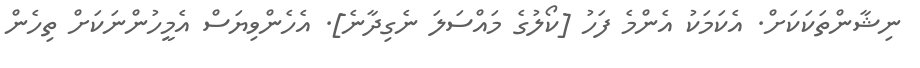
ނިޝާންތަކަކަށް. އެކަމަކު އެންމެ ފަހު [ކޯލުގެ މައްސަލަ ނެގިދާނެ]. އެހެންވިޔަސް އެމީހުންނަކަށް ތިހެން